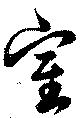
室